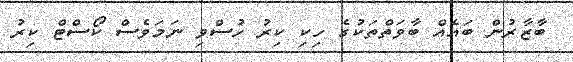
ބާޒާރުން ބައެއް ބާވަތްތަކުގެ ހިކި ކިރު ހުސްވި ނަމަވެސް ކޯސްޓް ކިރު